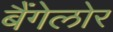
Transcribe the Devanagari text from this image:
बैंगेलोर